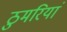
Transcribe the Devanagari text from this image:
ठुमरियां